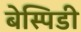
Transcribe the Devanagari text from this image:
बेस्पिडी